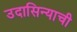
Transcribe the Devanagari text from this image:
उदासिन्याची